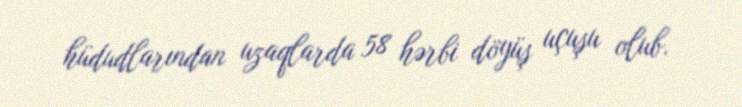
hüdudlarından uzaqlarda 58 hərbi döyüş uçuşu olub.